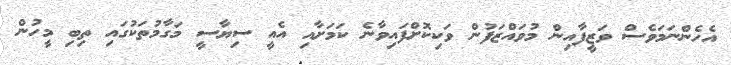
އެހެންނަމަވެސް ވަޒީފާއިން މުވައްޒަފުން ވަކިކޮށްފައިވާނެ ކަމަށާއި އެއީ ސިޔާސީ މަގާމުތަކުގައި ތިބި މީހުން